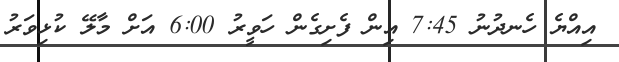
އިއްޔެ ހެނދުނު 7:45 އިން ފެށިގެން ހަވީރު 6:00 އަށް މާލޭ ކުޅިވަރު